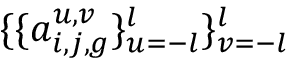
\{ \{ a _ { i , j , g } ^ { u , v } \} _ { u = - l } ^ { l } \} _ { v = - l } ^ { l }